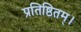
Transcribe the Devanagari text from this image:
प्रतिष्ठितम्‌।